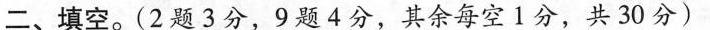
二、填空。(2题3分，9题4分，其余每空1分，共30分)